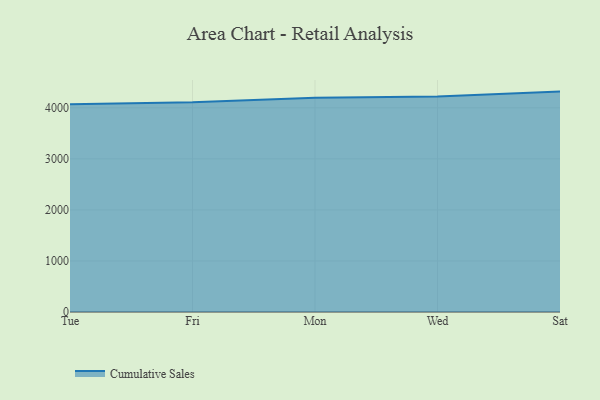
{"axis": {"x": "Day", "y": "Population (Million)"}, "legend": ["Cumulative Sales"], "data": [{"x": "Tue", "y": 4072.4, "type": "Cumulative Sales"}, {"x": "Fri", "y": 4106.9, "type": "Cumulative Sales"}, {"x": "Mon", "y": 4195.6, "type": "Cumulative Sales"}, {"x": "Wed", "y": 4223.7, "type": "Cumulative Sales"}, {"x": "Sat", "y": 4317.9, "type": "Cumulative Sales"}]}